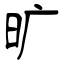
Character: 旷